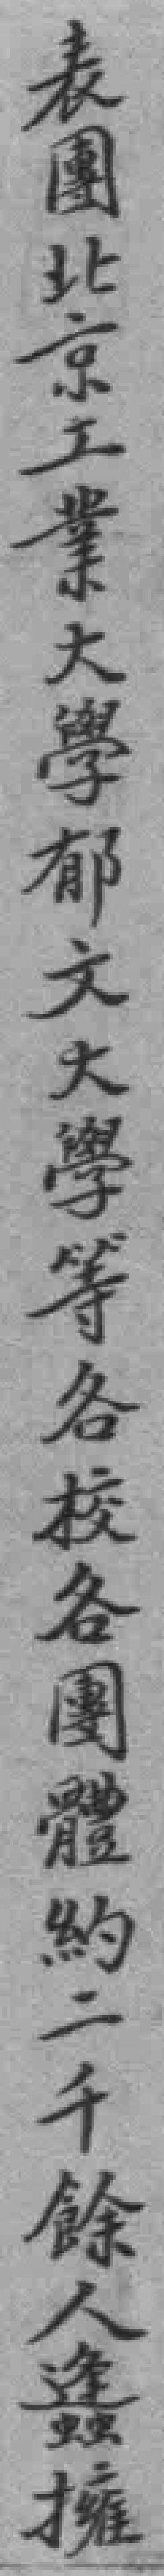
表團北京工業大學郁文大學等各校各團體約二千餘人蠭擁